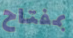
بمفتاح